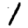
Digit: 1